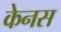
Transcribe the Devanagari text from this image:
केनस